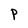
Character: P